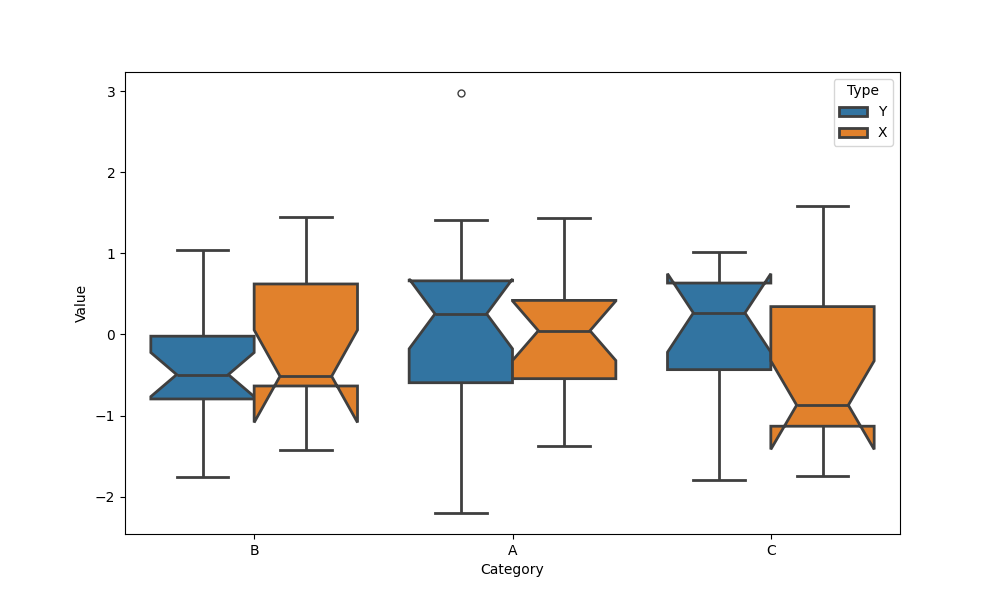
python, seaborn, boxplot, width=0.8, linewidth=2, fliersize=5, notch=True